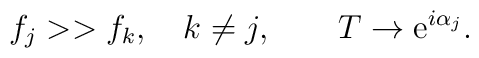
f_j >> f_k, \quad k\not=j, \qquad  T \rightarrow {\rm e}^{i\alpha_j}.